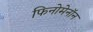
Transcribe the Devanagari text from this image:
फिनोमेनॉन